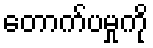
တောက်ပမှုကို